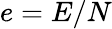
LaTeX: e=E/N